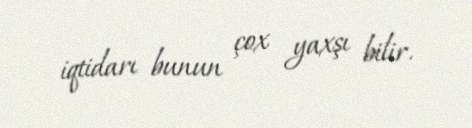
iqtidarı bunun çox yaxşı bilir.